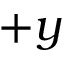
+ y